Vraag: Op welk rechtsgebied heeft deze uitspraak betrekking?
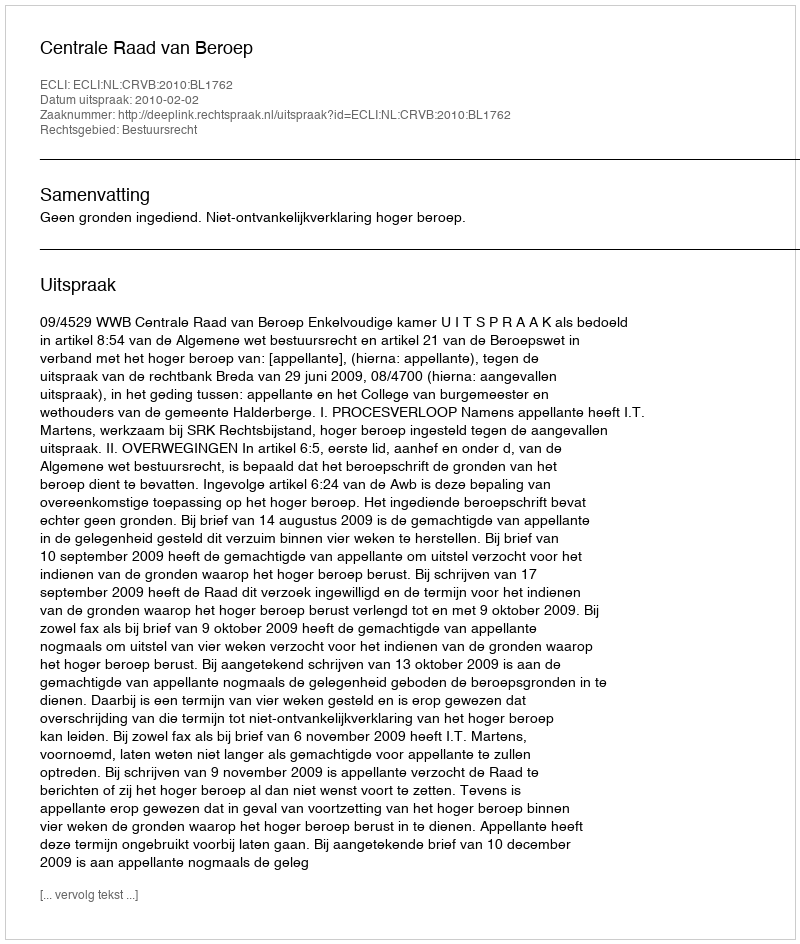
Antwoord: Bestuursrecht